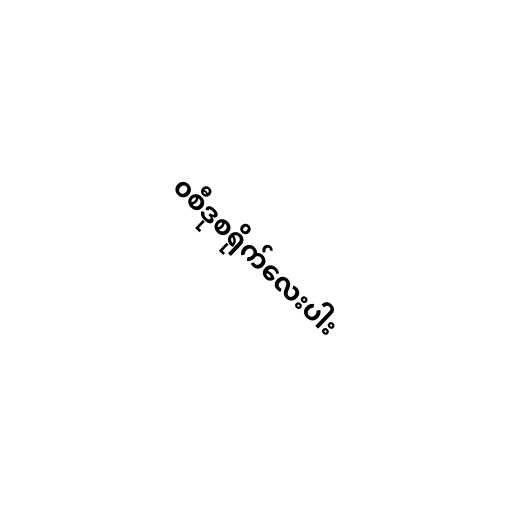
၀စီဒုစရိုက်လေးပါး